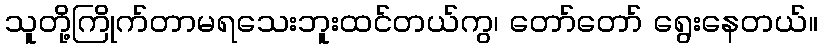
သူတို့ကြိုက်တာမရသေးဘူးထင်တယ်ကွ၊ တော်တော် ရွေးနေတယ်။